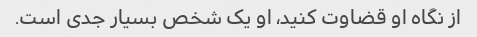
از نگاه او قضاوت کنید، او یک شخص بسیار جدی است.